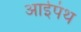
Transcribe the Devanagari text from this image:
आईपंथ